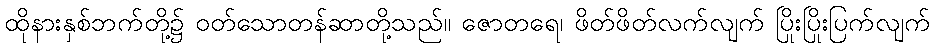
ထိုနားနှစ်ဘက်တို့၌ ဝတ်သောတန်ဆာတို့သည်။ ဇောတရေ၊ ဖိတ်ဖိတ်လက်လျက် ပြိုးပြိုးပြက်လျက်